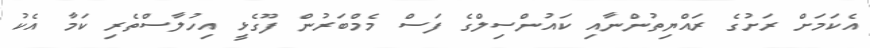
އެކަމަށް ރަށުގެ ރައްޔިތުންނާއި ކައުންސިލްގެ ފަސް މެމްބަރުން ފޫގެޅީ އިހުލާސްތެރި ކަމާ އެކު